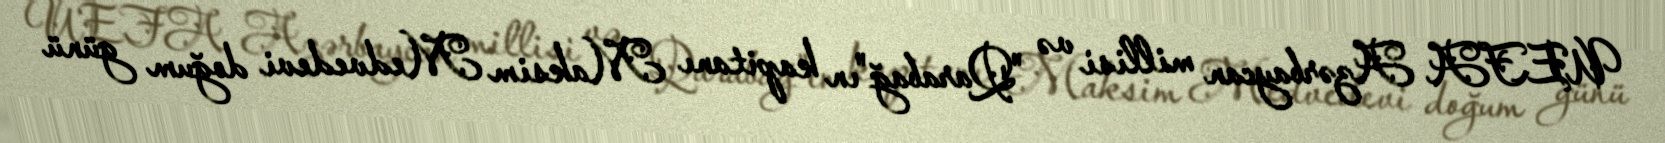
UEFA Azərbaycan millisi və "Qarabağ"ın kapitanı Maksim Medvedevi doğum günü